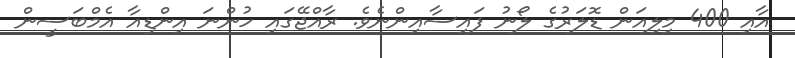
އާއި 400 މިލިއަން ޑޮލަރުގެ ލޯނު ފައިސާއިންނެވެ. ރާއްޖޭގައި ހުންނަ އިންޑިއާ އެމްބަސީން